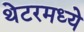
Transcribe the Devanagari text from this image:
थेटरमध्ये